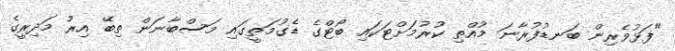
"ފަޅުވެރިން ބަނޑުފުރާނަ މުއްތި ކުރުމަށްޓަކައި ބޯޓްގެ ޑެގުމަތީގައި މަސްބާނަން ތިބޭ އިރު މަދިރީގެ